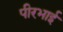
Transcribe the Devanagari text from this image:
पीरभाई